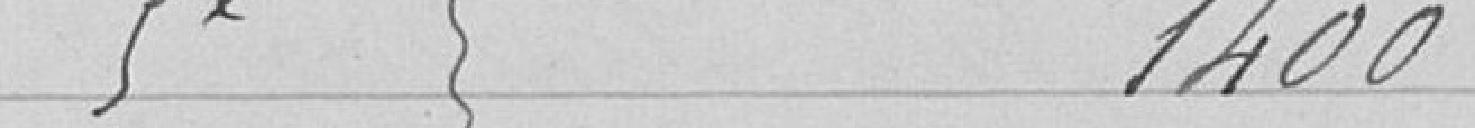
Cinquième 1400